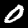
Label: 0